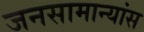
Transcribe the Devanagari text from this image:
जनसामान्यांस